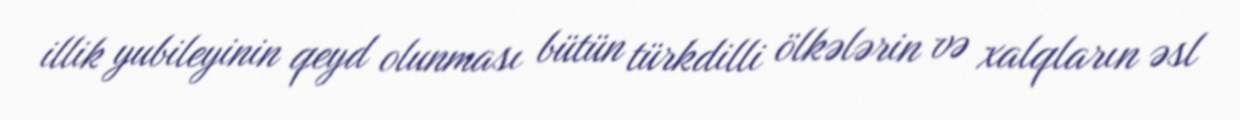
illik yubileyinin qeyd olunması bütün türkdilli ölkələrin və xalqların əsl